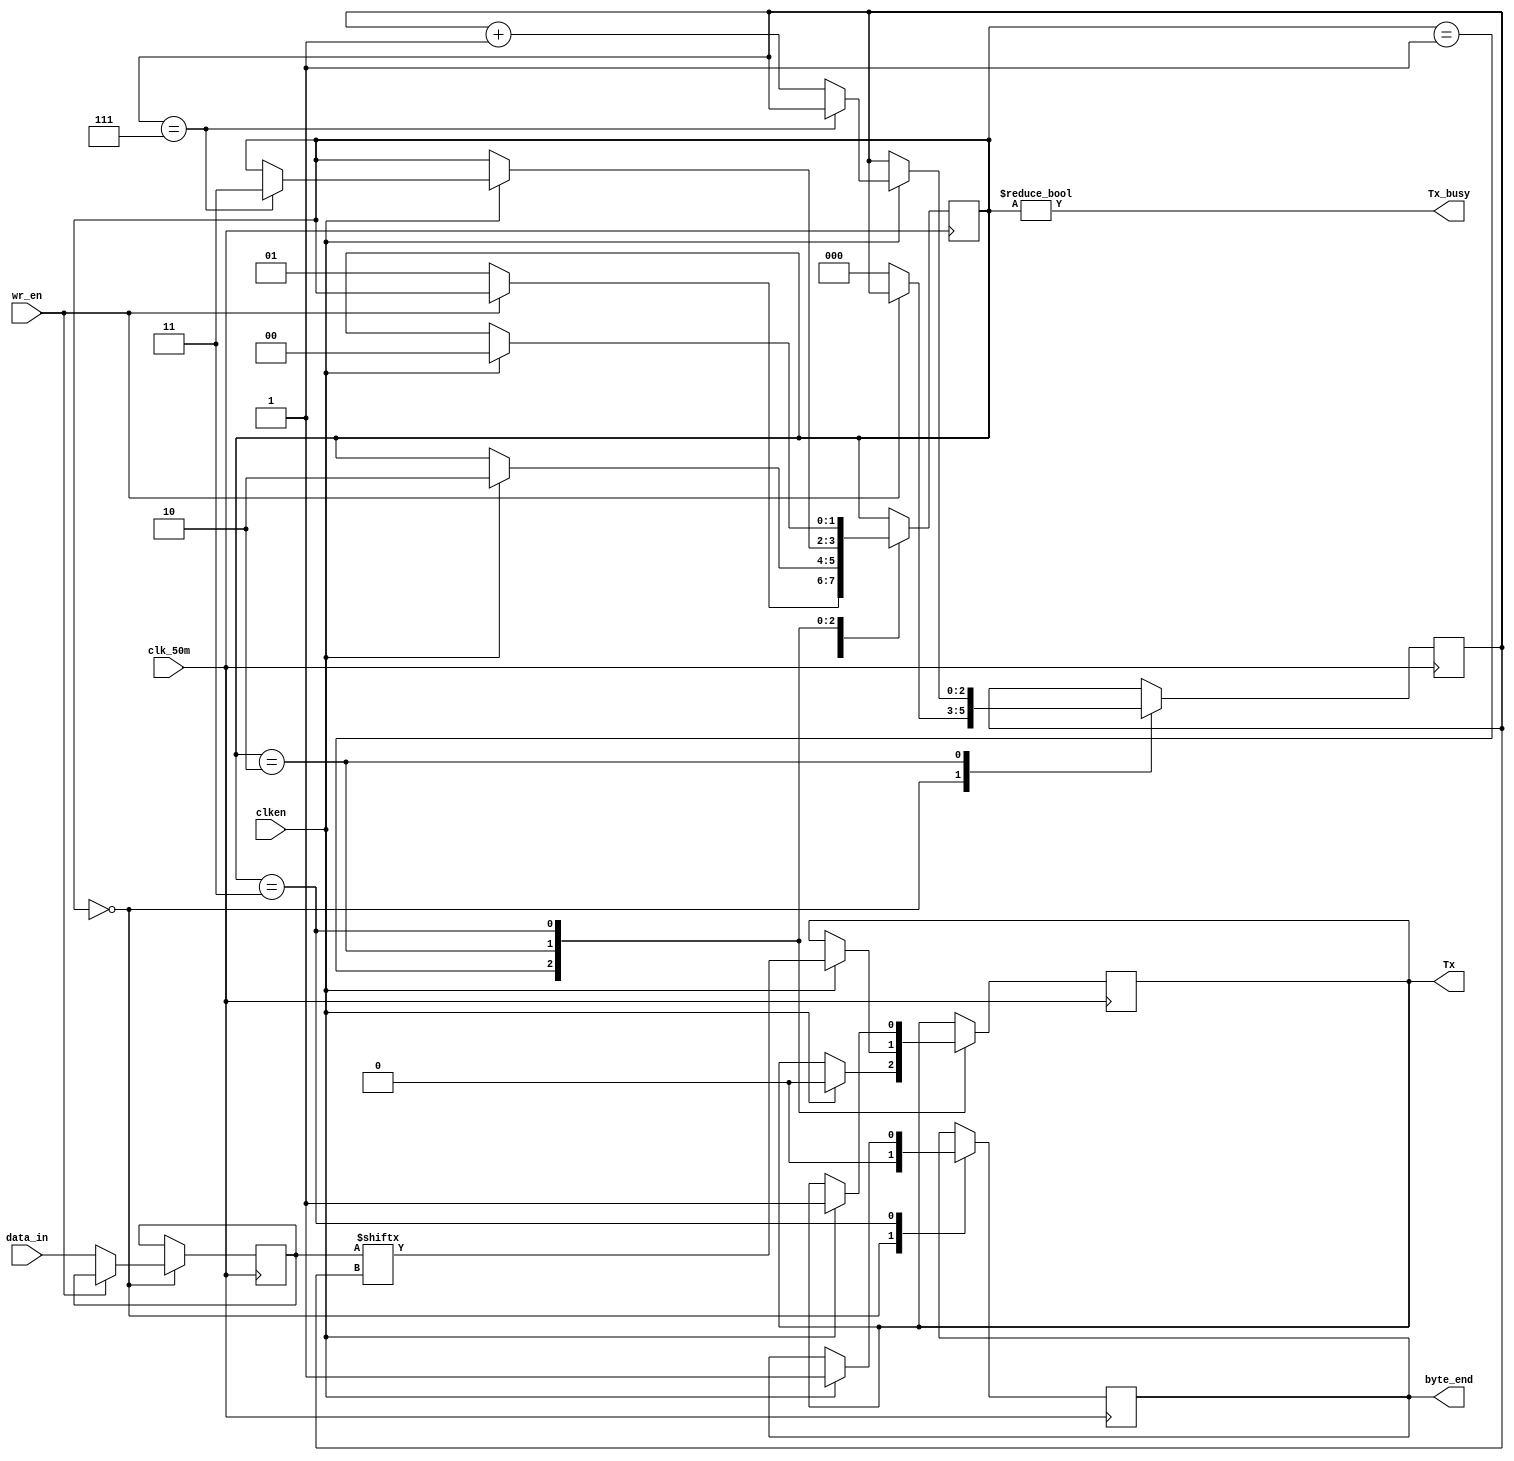
module transmitter(	input wire [7:0] data_in, //input data as an 8-bit regsiter/vector 
							input wire wr_en, //enable wire to start 
							input wire clk_50m,
							input wire clken, //clock signal for the transmitter
							output reg Tx, //a single 1-bit register variable to hold transmitting bit
							output wire Tx_busy, //transmitter is busy signal 
							output reg byte_end
							);

initial begin
	 Tx = 1'b1; //initialize Tx = 1 to begin the transmission 
end
//Define the 4 states using 00,01,10,11 signals
parameter TX_STATE_IDLE	= 2'b00;
parameter TX_STATE_START	= 2'b01;
parameter TX_STATE_DATA	= 2'b10;
parameter TX_STATE_STOP	= 2'b11;

reg [7:0] data = 8'h00; //set an 8-bit register/vector as data,initially equal to 00000000
reg [2:0] bit_pos = 3'h0; //bit position is a 3-bit register/vector, initially equal to 000
reg [1:0] state = TX_STATE_IDLE; //state is a 2 bit register/vector,initially equal to 00


always @(posedge clk_50m) begin
	case (state) //Let us consider the 4 states of the transmitter
	TX_STATE_IDLE: begin //We define the conditions for idle  or NOT-BUSY state
		byte_end <= 1'b0;
		if (~wr_en) begin
			state <= TX_STATE_START; //assign the start signal to state
			data <= data_in; //we assign input data vector to the current data 
			bit_pos <= 3'h0; //we assign the bit position to zero
		end
	end
	TX_STATE_START: begin //We define the conditions for the transmission start state
		if (clken) begin
			Tx <= 1'b0; //set Tx = 0 after transmission has started
			state <= TX_STATE_DATA;
		end
	end
	TX_STATE_DATA: begin
		if (clken) begin
			if (bit_pos == 3'h7) //we keep assigning Tx with the data until all bits have been transmitted from 0 to 7
				state <= TX_STATE_STOP; // when bit position has finally reached 7, assign state to stop transmission
			else
				bit_pos <= bit_pos + 3'h1; //increment the bit position by 001
			Tx <= data[bit_pos]; //Set Tx to the data value of the bit position ranging from 0-7
		end
	end
	TX_STATE_STOP: begin
		if (clken) begin
			Tx <= 1'b1; //set Tx = 1 after transmission has ended
			byte_end <= 1'b1;
			state <= TX_STATE_IDLE; //Move to IDLE state once a transmission has been completed
		end
	end
	default: begin
		Tx <= 1'b1; // always begin with Tx = 1 and state assigned to IDLE
		state <= TX_STATE_IDLE;
	end
	endcase
end

assign Tx_busy = (state != TX_STATE_IDLE); //We assign the BUSY signal when the transmitter is not idle

endmodule